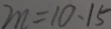
m = 1 0 \cdot 1 5